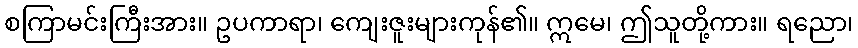
စကြာမင်းကြီးအား။ ဥပကာရာ၊ ကျေးဇူးများကုန်၏။ ဣမေ၊ ဤသူတို့ကား။ ရညော၊